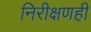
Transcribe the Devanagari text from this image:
निरीक्षणही